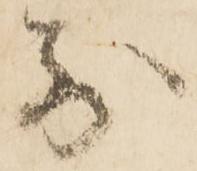
別